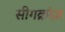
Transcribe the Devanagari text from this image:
सीगक्रांज़